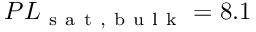
P L _ { \mathrm { ~ s ~ a ~ t ~ , ~ b ~ u ~ l ~ k ~ } } = 8 . 1